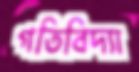
গতিবিদ্যা